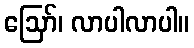
ဩော်၊ လာပါလာပါ။